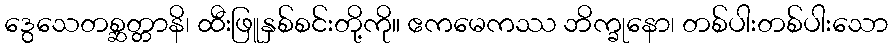
ဒွေသေတစ္ဆတ္တာနိ၊ ထီးဖြူနှစ်စင်းတို့ကို။ ဧကမေကဿ ဘိက္ခုနော၊ တစ်ပါးတစ်ပါးသော